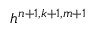
h ^ { n + 1 , k + 1 , m + 1 }